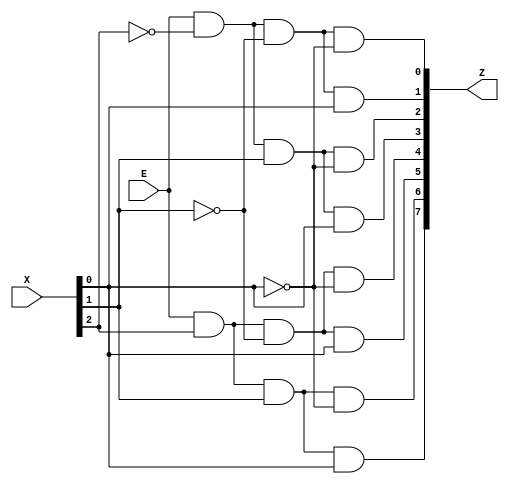
`timescale 1ns / 1ps
//////////////////////////////////////////////////////////////////////////////////
// ECE425L LAB #1, Problem 1
// Purpose: Develope a Verilog structural model for a 16-bit 2-to-1 MUX and a 3-to-8
//          decoder includeing ENABLE signals. Develop a testbench, perofrm a waveform
//          simulation, and demonstrate the output to the Instructor.

// Variables:
//          E : Enable Input
//          S : Selecting Input
//          X = X2X1X0 : 3 bit input  
//          Z : 8 possile outputs, so 8 bit output 

//////////////////////////////////////////////////////////////////////////////////

//                  Enable,Input(3b),Output(8b)                
module Decoder_3to8(E     ,X        ,Z);
    input E;
    input [2:0] X;
    output [7:0] Z;
    
    // Structural gate logic
    // Possibly take these out and just us ~X[2], ~X[1], etc  
    //not n1(X2not,X[2]);  
    //not n2(X1not,X[1]);  
    //not n3(X0not,X[0]);  

    //  outputs
    and A0(Z[0],E,~X[2],~X[1],~X[0]);
    and A1(Z[1],E,~X[2],~X[1], X[0]);
    and A2(Z[2],E,~X[2], X[1],~X[0]);
    and A3(Z[3],E,~X[2], X[1], X[0]);
    and A4(Z[4],E, X[2],~X[1],~X[0]);
    and A5(Z[5],E, X[2],~X[1], X[0]);
    and A6(Z[6],E, X[2], X[1],~X[0]);
    and A7(Z[7],E, X[2], X[1], X[0]);
endmodule